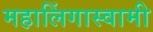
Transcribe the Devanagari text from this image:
महालिंगास्वामी